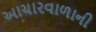
આચારવાળાની